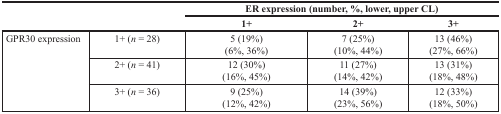
| <ROWSPAN=2-COLSPAN=2>  | <COLSPAN=3> ER expression (number, %, lower, upper CL) |
 | 1+ | 2+ | 3+ |
 | --- | --- | --- | --- | --- |
 | <ROWSPAN=3> GPR30 expression | 1+ (n = 28) | 5 (19%)(6%, 36%) | 7 (25%)(10%, 44%) | 13 (46%)(27%, 66%) |
 | 2+ (n = 41) | 12 (30%)(16%, 45%) | 11 (27%)(14%, 42%) | 13 (31%)(18%, 48%) |
 | 3+ (n = 36) | 9 (25%)(12%, 42%) | 14 (39%)(23%, 56%) | 12 (33%)(18%, 50%) |